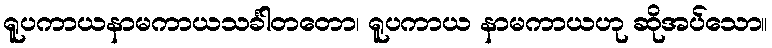
ရူပကာယနာမကာယသင်္ခါတတော၊ ရူပကာယ နာမကာယဟု ဆိုအပ်သော။